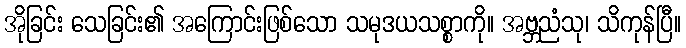
အိုခြင်း သေခြင်း၏ အကြောင်းဖြစ်သော သမုဒယသစ္စာကို။ အဗ္ဘညံသု၊ သိကုန်ပြီ။